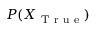
P ( X _ { \mathrm { ~ T ~ r ~ u ~ e ~ } } )